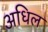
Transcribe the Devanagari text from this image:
अधिल